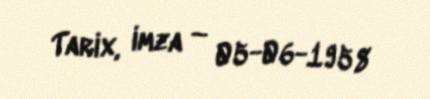
Tarix, imza — 05-06-1958